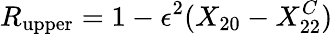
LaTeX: R_{\mathrm{upper}}=1-\epsilon^{2}(X_{20}-X_{22}^{C})